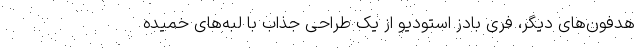
هدفون‌های دیگر، فری بادز استودیو از یک طراحی جذاب با لبه‌های خمیده